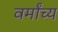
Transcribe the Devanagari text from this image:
वर्मांच्य